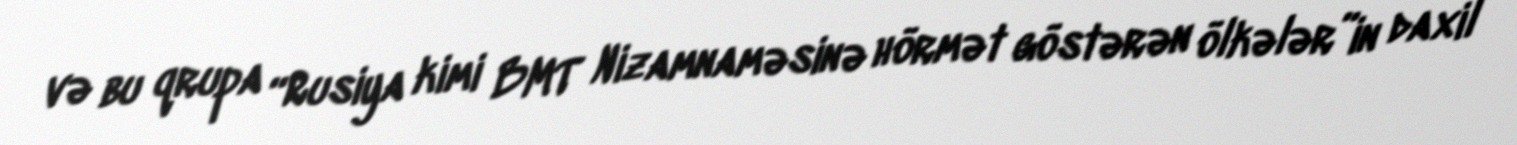
və bu qrupa “Rusiya kimi BMT Nizamnaməsinə hörmət göstərən ölkələr”in daxil